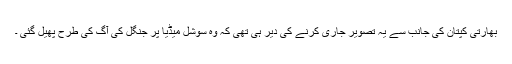
بھارتی کپتان کی جانب سے یہ تصویر جاری کرنے کی دیر ہی تھی کہ وہ سوشل میڈیا پر جنگل کی آگ کی طرح پھیل گئی ۔